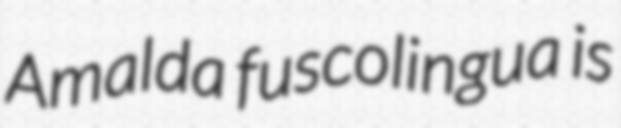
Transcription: Amalda fuscolingua is